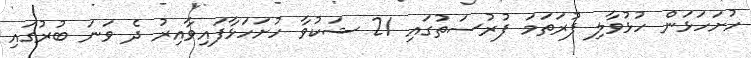
ހުށަހަޅަން ހުޅުވާލި ފުރަތަމަ ފުރުސަތުގައި 21 ޝަކުވާ ހުށަހަޅާފައިވާއިރު ދެ ވަނަ ބުރުގައި